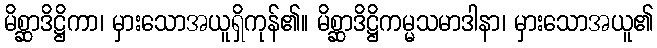
မိစ္ဆာဒိဋ္ဌိကာ၊ မှားသောအယူရှိကုန်၏။ မိစ္ဆာဒိဋ္ဌိကမ္မသမာဒါနာ၊ မှားသောအယူ၏